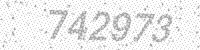
Solution: 742973